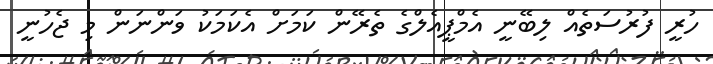
ހުރީ ފުރުސަތެއް ލިބޭނީ އެމްޕީއެލްގެ ތެރޭން ކަމަށް އެކަމަކު ވަންނަން މި ޖެހުނީ